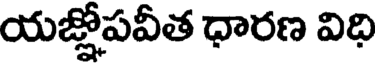
యజ్లోపవీత ధారణ విది